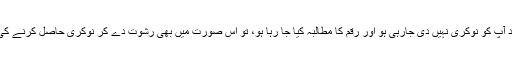
اگر کسی نوکری کے آپ اہل ہیں اور تمام قانونی تقاضوں کو پورا کرنے کے باوجود آپ کو نوکری نہیں دی جارہی ہو اور رقم کا مطالبہ کیا جا رہا ہو، تو اس صورت میں بھی رشوت دے کر نوکری حاصل کرنے کی اجازت نہ ہوگی، کسی اور متبادل حلال ذریعہ اختیار کرنی کی سعی کرنی چاہیے۔